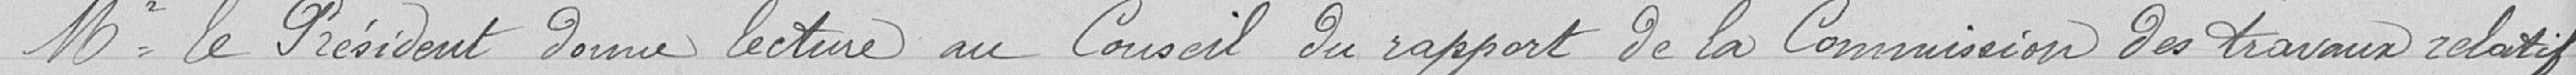
Mr le Président donne lecture du Conseil du rapport de la Commission des travaux relatif